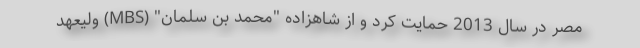
مصر در سال 2013 حمایت کرد و از شاهزاده "محمد بن سلمان" (MBS) ولیعهد